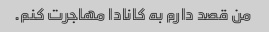
من قصد دارم به کانادا مهاجرت کنم.